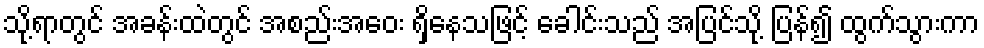
သို့ရာတွင် အခန်းထဲတွင် အစည်းအဝေး ရှိနေသဖြင့် ခေါင်းသည် အပြင်သို့ ပြန်၍ ထွက်သွားကာ